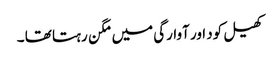
کھیل کود اور آوارگی میں مگن رہتا تھا ۔